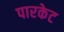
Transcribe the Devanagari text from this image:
पारकेट